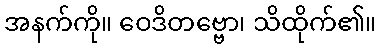
အနက်ကို။ ဝေဒိတဗ္ဗော၊ သိထိုက်၏။